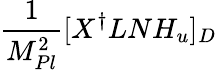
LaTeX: {\frac{1}{M_{Pl}^{2}}}[X^{\dagger}LNH_{u}]_{D}